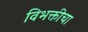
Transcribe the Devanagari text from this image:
विभक्तीचा